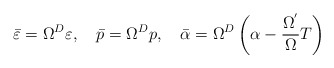
\begin{align*}\bar \varepsilon =\Omega ^D\varepsilon ,\quad \bar p=\Omega ^Dp,\quad \bar\alpha =\Omega ^D\left( \alpha -\frac{\Omega ^{^{\prime }}}\Omega T\right)\end{align*}